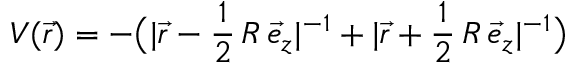
V ( \vec { r } ) = - \big ( | \vec { r } - \frac { 1 } { 2 } \, R \, \vec { e } _ { z } | ^ { - 1 } + | \vec { r } + \frac { 1 } { 2 } \, R \, \vec { e } _ { z } | ^ { - 1 } \big )